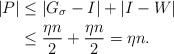
\begin{align*} |P| &\leq |G_\sigma - I| + \left \vert I - W \right \vert \\ & \leq \frac{\eta n}{2} + \frac{\eta n}{2} = \eta n. \end{align*}